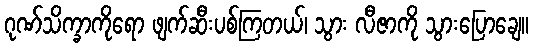
ဂုဏ်သိက္ခာကိုရော ဖျက်ဆီးပစ်ကြတယ်၊ သွား လီဇာကို သွားပြောချေ။